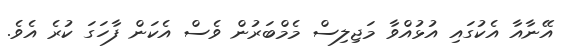
އޭނާއާ އެކުގައި އުޅުއްވާ މަޖިލިސް މެމްބަރުން ވެސް އެކަން ފާހަގަ ކުރެ އެވެ.